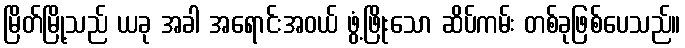
မြိတ်မြို့သည် ယခု အခါ အရောင်းအဝယ် ဖွံ့ဖြိုးသော ဆိပ်ကမ်း တစ်ခုဖြစ်ပေသည်။